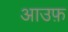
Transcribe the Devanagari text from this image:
आउफ़